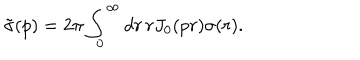
\tilde { \sigma } ( p ) = 2 \pi \int _ { 0 } ^ { \infty } d r \, r J _ { 0 } ( p r ) \sigma ( r ) .